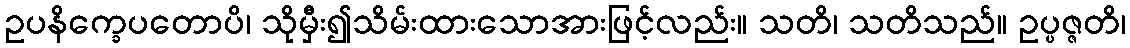
ဥပနိက္ခေပတောပိ၊ သိုမှီး၍သိမ်းထားသောအားဖြင့်လည်း။ သတိ၊ သတိသည်။ ဥပ္ပဇ္ဇတိ၊